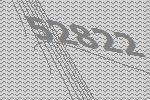
52822